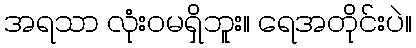
အရသာ လုံးဝမရှိဘူး။ ရေအတိုင်းပဲ။